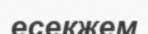
есекжем